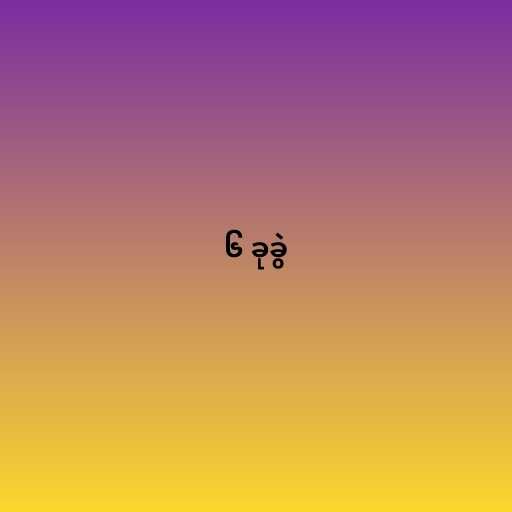
၆ ခုခွဲ